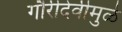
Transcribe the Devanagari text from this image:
गौरीदेवीमुळे